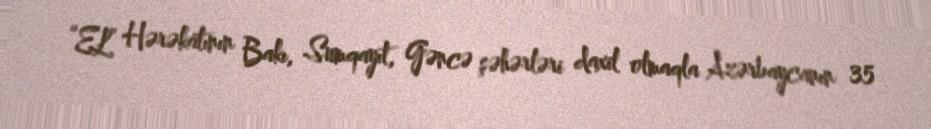
“EL” Hərəkatının Bakı, Sumqayıt, Gəncə şəhərləri daxil olmaqla Azərbaycanın 35